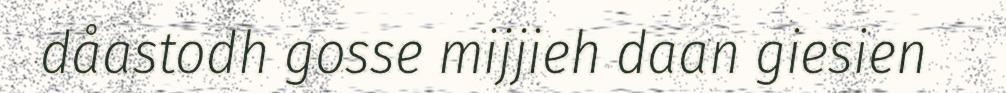
dåastodh gosse mijjieh daan giesien